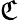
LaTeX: \mathfrak{C}